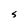
Character: S